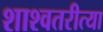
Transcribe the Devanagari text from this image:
शाश्वतरीत्या